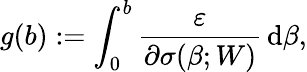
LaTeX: g(b):=\int_{0}^{b}\frac{\varepsilon}{\partial\sigma(\beta;W)}\, \mathrm{d}\beta,